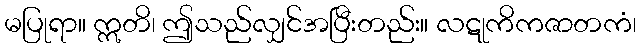
မပြုရာ။ ဣတိ၊ ဤသည်လျှင်အပြီးတည်း။ လဋုကိကဇာတကံ၊